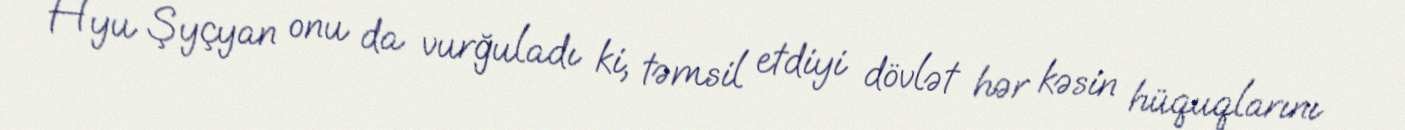
Hyu Şyçyan onu da vurğuladı ki, təmsil etdiyi dövlət hər kəsin hüquqlarını